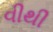
વીથી